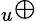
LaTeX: _u\oplus